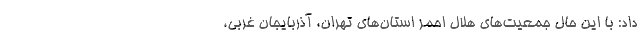
داد: با این حال جمعیت‌های هلال احمر استان‌های تهران، آذربایجان غربی،